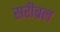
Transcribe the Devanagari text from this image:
सरीब्रल